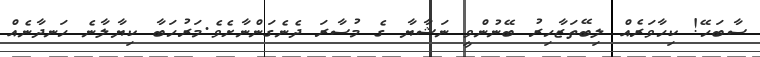
ސާބަހޭ! ކިހާވަރެއް ލިބޭތަޒާހިރު ބޭނުންވީ ނަޝާޔާ ގެ މުސާރަ ދެނެގަންނާށެވެ.މަރުހަބާ ކިޔާލާނެ ހަނދާނެއް